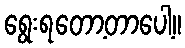
ရွေးရတော့တာပေါ့။